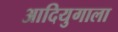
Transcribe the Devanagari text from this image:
आदियुगाला